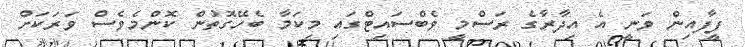
ފީފާއިން ވަނީ އެ އިދާރާގެ ރަސްމީ ވެބްސައިޓްގައި މިކަމާ ބެހޭގޮތުން ކޮންމެވެސް ވަރަކަށް